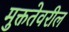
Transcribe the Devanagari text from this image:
मुक्ततेवरील